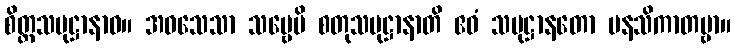
စိတ္တသမုဋ္ဌာနာဝ။ အဝသေသာ သဗ္ဗေပိ စတုသမုဋ္ဌာနာတိ ဧဝံ သမုဋ္ဌာနတော မနသိကာတဗ္ဗာ။